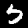
Digit: 5